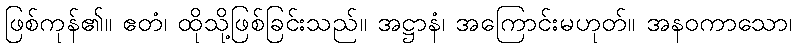
ဖြစ်ကုန်၏။ ဧတံ၊ ထိုသို့ဖြစ်ခြင်းသည်။ အဋ္ဌာနံ၊ အကြောင်းမဟုတ်။ အနဝကာသော၊